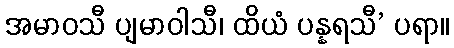
အမာဝသီ ပျမာဝါသီ၊ ထိယံ ပန္နရသီ’ ပရာ။